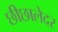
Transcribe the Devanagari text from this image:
छीछालेदर